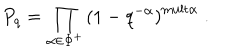
LaTeX: P _ { q } = \prod _ { \alpha \in \Phi ^ { + } } \left( 1 - q ^ { - \alpha } \right) ^ { \mathrm { m u l t } \alpha } \; .